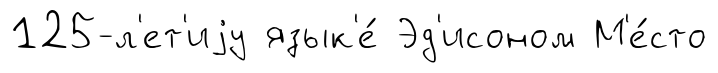
125-л'ет'иjу язык'е́ Эд'исоном М'е́сто